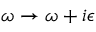
\omega \rightarrow \omega + i \epsilon